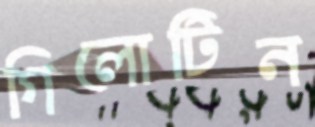
গিলোটিন